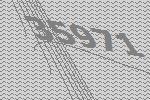
35971